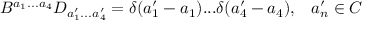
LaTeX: B ^ { a _ { 1 } . . . a _ { 4 } } D _ { a _ { 1 } ^ { \prime } . . . a _ { 4 } ^ { \prime } } = \delta ( a _ { 1 } ^ { \prime } - a _ { 1 } ) . . . \delta ( a _ { 4 } ^ { \prime } - a _ { 4 } ) , \; \; \; a _ { n } ^ { \prime } \in C